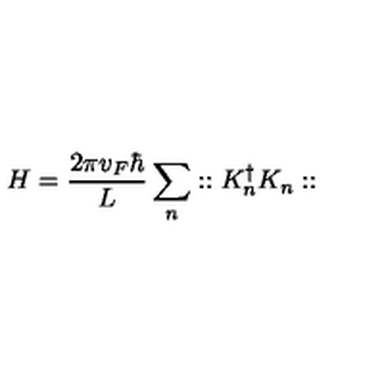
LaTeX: H = \frac { 2 \pi v _ { F } \hbar } { L } \sum _ { n } : : K _ { n } ^ { \dagger } K _ { n } : :